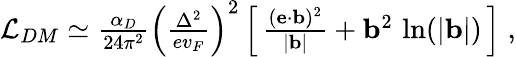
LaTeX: \begin{array}{r}{{\cal L}_{DM}\simeq\frac{\alpha_{D}}{24\pi^{2}}\left(\frac{\Delta^{2}}{ev_{F}}\right)^{2}\left[\, \frac{({\mathbf e}\cdot{\mathbf b})^{2}}{|{\mathbf b}|}+{\mathbf b}^{2}\, \ln(|{\mathbf b}|)\, \right]\; ,}\end{array}